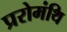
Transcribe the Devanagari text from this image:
प्ररोमंथि